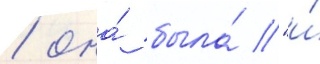
/ она́ была́ "и́